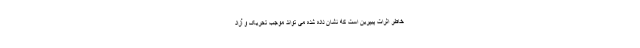
خاطر اثرات پیپرین است که نشان داده شده می تواند موجب تحریک و آزاد